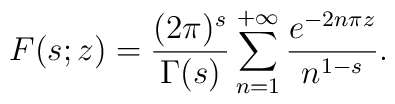
F(s;z)=\frac{(2\pi )^{s}}{\Gamma (s)} \sum _{n=1}^{+\infty }\frac{e^{-2n\pi z}}{n^{1-s}}.